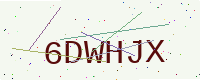
Text: 6DWHJX